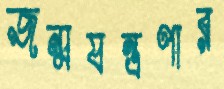
জন্মযন্ত্রণার